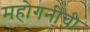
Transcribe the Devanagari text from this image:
महोगनींची